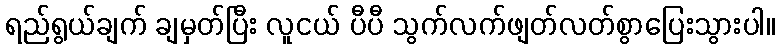
ရည်ရွယ်ချက် ချမှတ်ပြီး လူငယ် ပီပီ သွက်လက်ဖျတ်လတ်စွာပြေးသွားပါ။